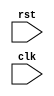
module synchronous_reset(
    input wire rst,
    input wire clk,
    // other inputs and outputs here
);

// Define your flip-flops, registers, or any other elements here

always @ (posedge rst) begin
    // Define desired behavior during reset condition here
end

endmodule